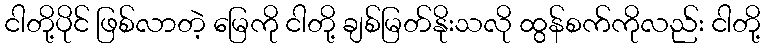
ငါတို့ပိုင် ဖြစ်လာတဲ့ မြေကို ငါတို့ ချစ်မြတ်နိုးသလို ထွန်စက်ကိုလည်း ငါတို့